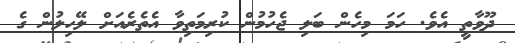
ދޫވާތީ އެވެ. ހަމަ މިހެން ބަލި ޖެހުމުން ކުރިމަތިވާ އެތެރެއަށް ލޭހިލުން ގެ